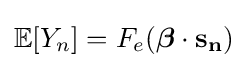
\mathbb {E} [Y_{n}]=F_{e}({\boldsymbol {\beta }}\cdot \mathbf {s_{n}} )